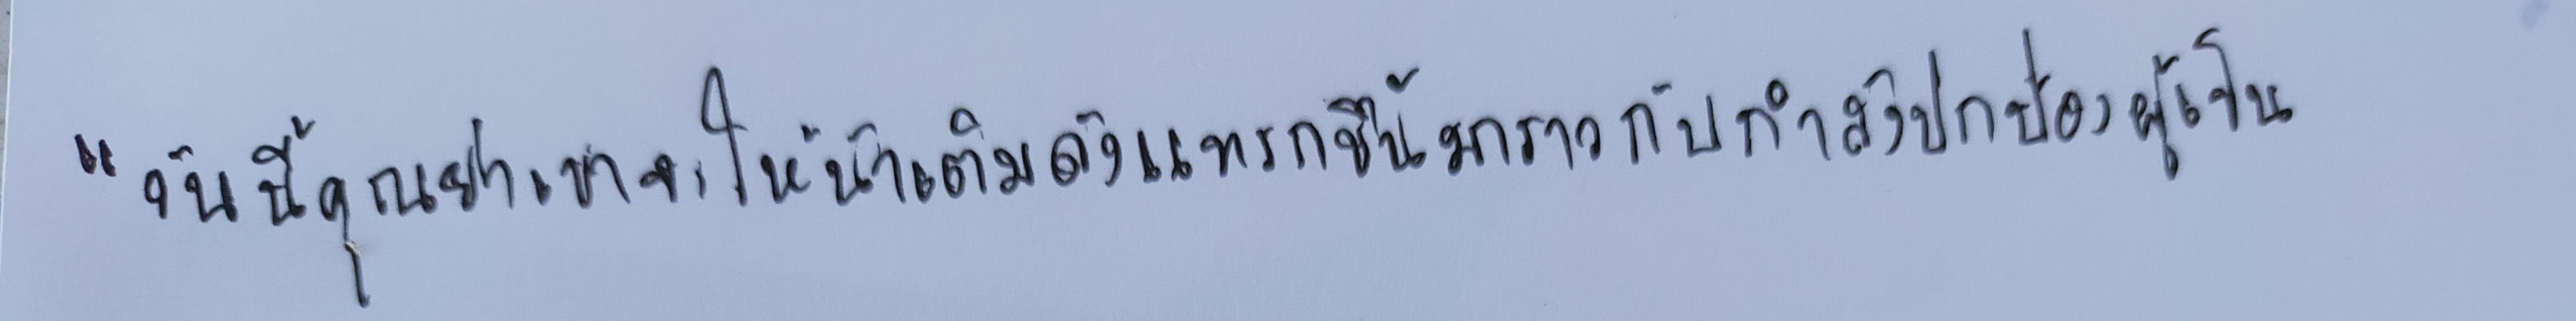
"วันนี้คุณย่าเขาจะให้น้าเติมดังแทรกขึ้นมาราวกับกำลังปกป้องผู้เป็น